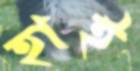
হাই